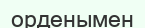
орденымен